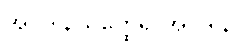
အပဒါနိယတ္ထေရ အပဒါန။